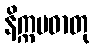
နိက္ကမဓာတု